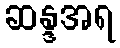
ဆန္ဒအရ